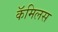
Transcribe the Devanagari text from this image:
कॅमिलस